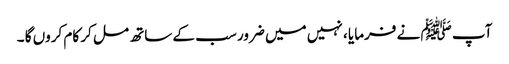
آپ ﷺ نے فرمایا ، نہیں میں ضرور سب کے ساتھ مل کر کام کروں گا ۔